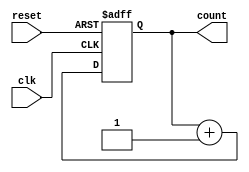
module async_reset_sync_counter #(
    parameter N = 4  // Set the desired bit width here (e.g., 4, 8, 16, etc.)
)(
    input  wire clk,    // Clock signal
    input  wire reset,  // Asynchronous reset signal (active high)
    output reg  [N-1:0] count // N-bit counter output
);

// Asynchronous reset and counter increment logic
always @(posedge clk or posedge reset) begin
    if (reset) begin
        // Reset condition: set count to 0
        count <= {N{1'b0}};  // Reset to zero
    end else begin
        // Increment condition: increment count on clock rising edge
        count <= count + 1'b1;
    end
end

endmodule